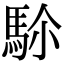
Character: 𩢜